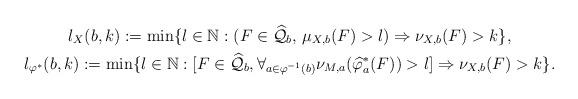
LaTeX: \begin{gather*}l_{X}(b,k):=\min\{l\in\mathbb{N}: (F\in\widehat{\mathcal{Q}}_{b},\,\mu_{X,b}(F)>l)\Rightarrow\nu_{X,b}(F)>k\},\\l_{\varphi^{*}}(b,k):=\min\{l\in\mathbb{N}:[F\in\widehat{\mathcal{Q}}_{b},\forall_{a\in\varphi^{-1}(b)}\nu_{M,a}(\widehat{\varphi}^{*}_{a}(F))>l]\Rightarrow \nu_{X,b}(F)>k\}.\end{gather*}